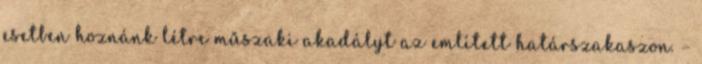
esetben hoznánk létre műszaki akadályt az említett határszakaszon. –